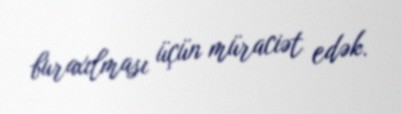
buraxılması üçün müraciət edək.